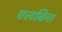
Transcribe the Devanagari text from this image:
एलबिना